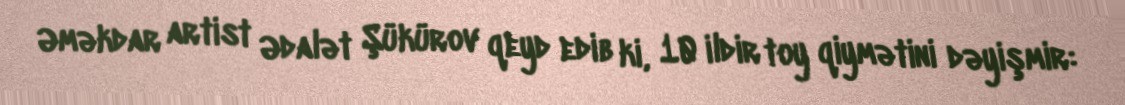
Əməkdar artist Ədalət Şükürov qeyd edib ki, 10 ildir toy qiymətini dəyişmir: